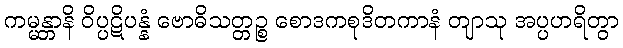
ကမ္မန္တာနိ ဝိပ္ပဋိပန္နံ ဗောဓိသတ္တဉ္စ စောဒကစုဒိတကာနံ တျာသု အပ္ပဟရိတွာ